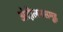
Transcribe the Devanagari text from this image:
अंदोलनसमूह